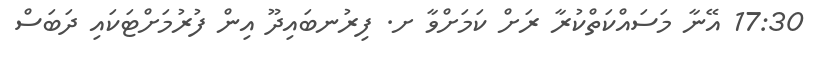
17:30 އޭނާ މަސައްކަތްކުރާ ރަށް ކަމަށްވާ ށ. ފިރުނބައިދޫ އިން ފުރުމަށްޓަކައި ދަބަސް